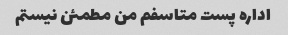
اداره پست متاسفم من مطمئن نیستم